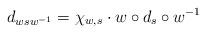
LaTeX: \begin{align*}d_{wsw^{-1}}=\chi_{w,s} \cdot w\circ d_s\circ w^{-1}\end{align*}